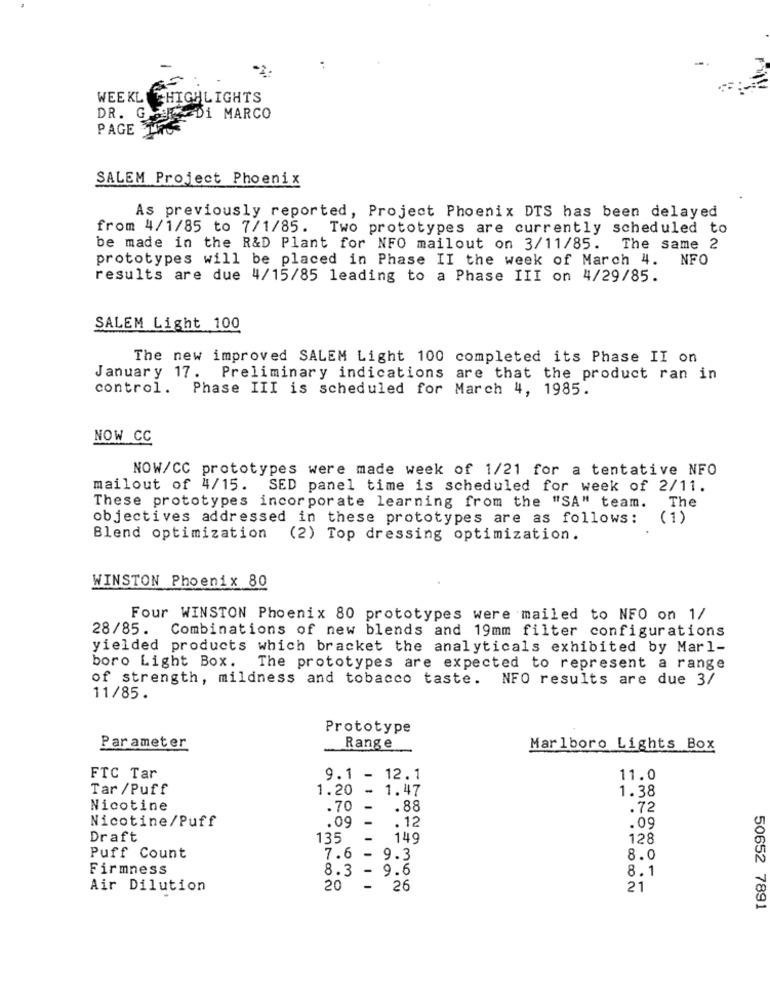
WEEKL HIGHLIGHTS
DR. G.
Di MARCO
PAGE
SALEM Project Phoenix
As previously reported, Project Phoenix DTS has been delayed
from 4/1/85 to 7/1/85. Two prototypes are currently scheduled to
be made in the R&D Plant for NFO mailout on 3/11/85.
The same 2
prototypes will be placed in Phase II the week of March 4. NFO
results are due 4/15/85 leading to a Phase III on 4/29/85.
SALEM Light 100
The new improved SALEM Light 100 completed its Phase II on
January 17. Preliminary indications are that the product ran in
control. Phase III is scheduled for March 4, 1985.
NOW CC
NOW/CC prototypes were made week of 1/21 for a tentative NFO
mailout of 4/15. SED panel time is scheduled for week of 2/11.
These prototypes incorporate learning from the "SA" team.
The
objectives addressed in these prototypes are as follows:
(1)
Blend optimization
(2) Top dressing optimization.
WINSTON Phoenix 80
Four WINSTON Phoenix 80 prototypes were mailed to NFO on 1/
28/85. Combinations of new blends and 19mm filter configurations
yielded products which bracket the analyticals exhibited by Marl-
boro Light Box. The prototypes are expected to represent a range
of strength, mildness and tobacco taste. NFO results are due 3/
11/85.
Prototype
Range
Parameter
Marlboro Lights Box
FTC Tar
9.1 - 12.1
11.0
Tar /Puff
1.20
-
1.47
1.38
Nicotine
.70
.88
.72
Nicotine/Puff
.09
.12
.09
Draft
135
149
128
Puff Count
7.6 - 9.3
8.0
Firmness
8.3
- 9.6
8.1
Air Dilution
20
- 26
21
50652 7891